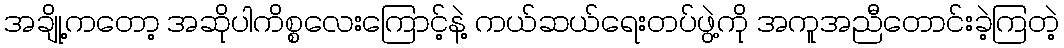
အချို့ကတော့ အဆိုပါကိစ္စလေးကြောင့်နဲ့ ကယ်ဆယ်ရေးတပ်ဖွဲ့ကို အကူအညီတောင်းခဲ့ကြတဲ့